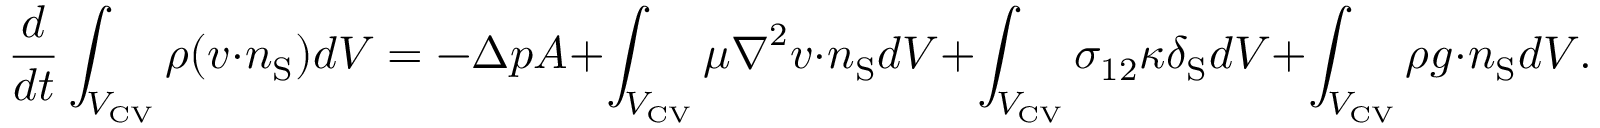
\frac { d } { d t } \int _ { { V _ { \mathrm { { C V } } } } } \rho ( \boldsymbol { v } \cdot \boldsymbol { n } _ { \mathrm { { S } } } ) d V = - \Delta p A + \int _ { { V _ { \mathrm { { C V } } } } } \mu \boldsymbol { \nabla } ^ { 2 } \boldsymbol { v } \cdot \boldsymbol { n } _ { \mathrm { { S } } } d V + \int _ { { V _ { \mathrm { { C V } } } } } \sigma _ { 1 2 } \kappa \delta _ { \mathrm { { S } } } d V + \int _ { { V _ { \mathrm { { C V } } } } } \rho \boldsymbol { g } \cdot \boldsymbol { n } _ { \mathrm { { S } } } d V .